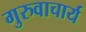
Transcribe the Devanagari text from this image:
गुरुवाचार्य